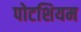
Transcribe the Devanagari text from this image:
पोटशियम